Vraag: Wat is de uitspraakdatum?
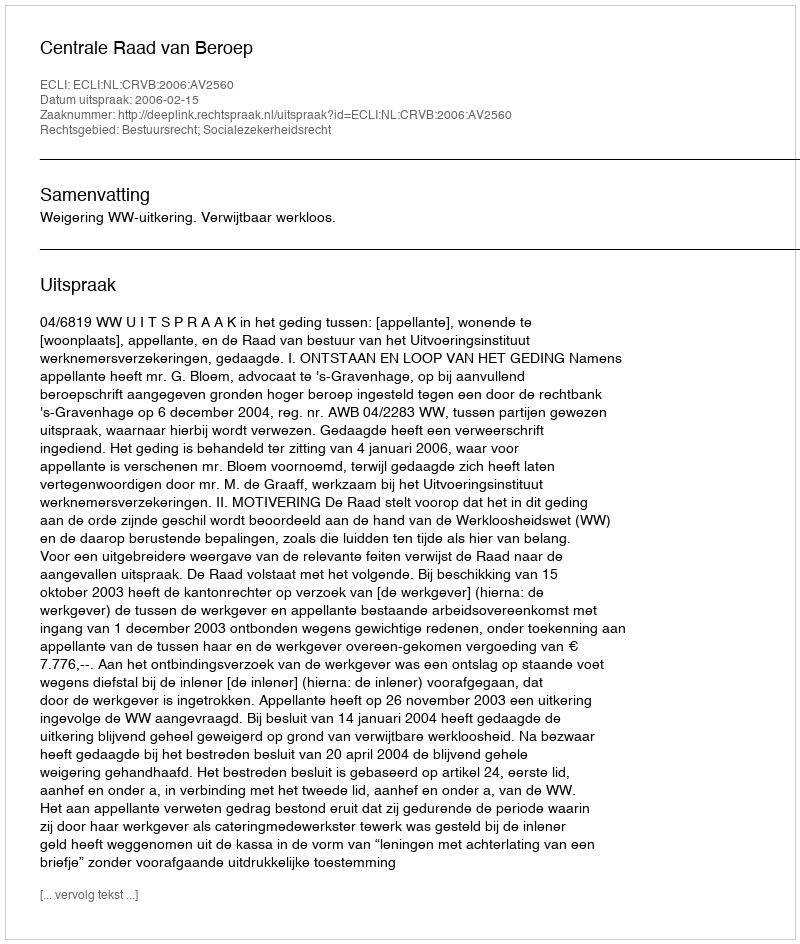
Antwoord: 2006-02-15